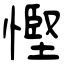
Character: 慳